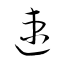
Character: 速